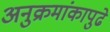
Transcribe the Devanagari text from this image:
अनुक्रमांकापुढे